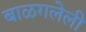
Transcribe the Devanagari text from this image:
बाळगलेली